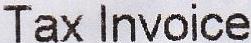
TAX INVOICE